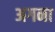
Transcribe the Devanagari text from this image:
अगना